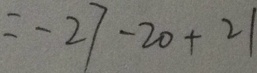
= - 2 7 - 2 0 + 2 1